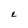
Character: E